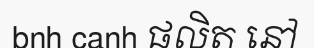
bnh canh ផលិត នៅ